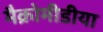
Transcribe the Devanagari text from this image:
मैक्रोमीडीया